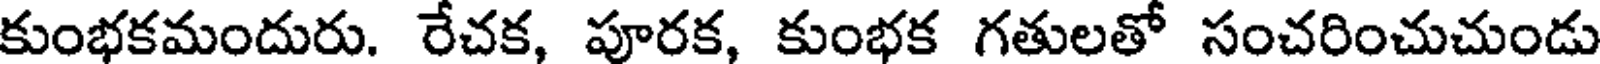
కుంభకమందురు. రేచక, పూరక, కుంభక గతులతో సంచరించుచుండు